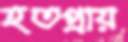
হতপ্রায়